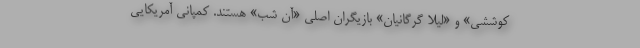
کوششی» و «لیلا گرگانیان» بازیگران اصلی «آن شب» هستند. کمپانی آمریکایی